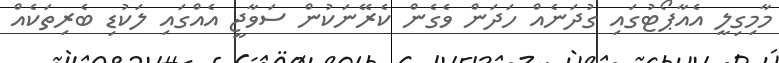
މާމިގިލީ އެއާޕޯޓުގައި ގުދަނެއް ހަދަން ވެގެން ކެރޭނަކުން ސަވާޖީ އެއްގައި ލަކުޑި ބެރިތަކެއް